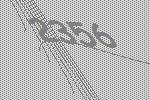
2356